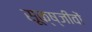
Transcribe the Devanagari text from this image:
सूक्ष्जीवों